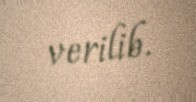
verilib.